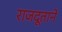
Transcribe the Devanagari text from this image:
राजदूताने